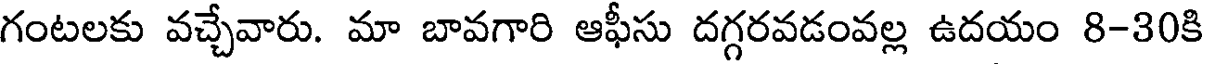
గంటలకు వచ్చేవారు. మా బావగారి ఆఫీసు దగ్గరవడంవల్ల ఉదయం 8-30కి